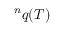
{ } ^ { n } q ( T )